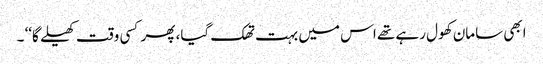
ابھی سامان کھول رہے تھے اس میں بہت تھک گیا، پھر کسی وقت کھیلے گا‘‘ ۔